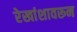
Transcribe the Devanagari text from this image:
रेखांशावरून